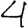
Digit: 4